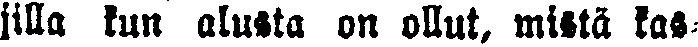
jilla kun alusta on ollut, mistä kas-